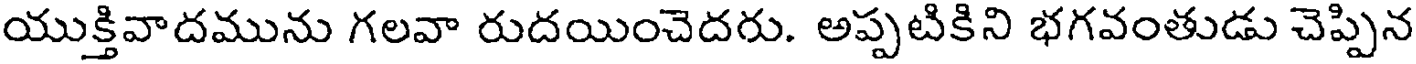
యుక్తివాదమును గలవా రుదయించెదరు. అప్పటికిని భగవంతుడు చెప్పిన